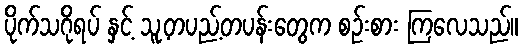
ပိုက်သဂိုရပ် နှင့် သူ့တပည့်တပန်းတွေက စဉ်းစား ကြလေသည်။